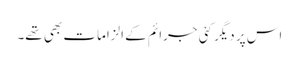
اس پر دیگر کئی جرائم کے الزامات بھی تھے۔